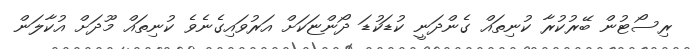
ރިސޯޓުން ބޭރުކުރާ ކުނިތައް ގެންދަނީ ކުޑަކުޑަ ދޯންޏަކަށް އަރުވައިގެނެވެ ކުނިތައް މޫދަށް އުކާލަން